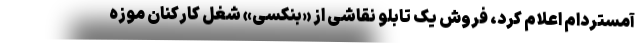
آمستردام اعلام کرد، فروش یک تابلو نقاشی از «بنکسی» شغل کارکنان موزه